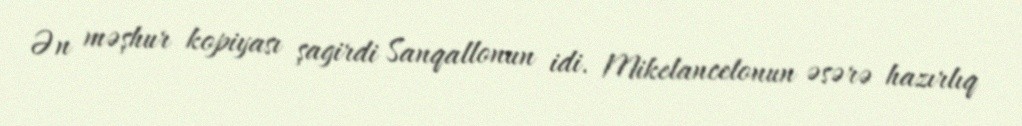
Ən məşhur kopiyası şagirdi Sanqallonun idi. Mikelancelonun əsərə hazırlıq